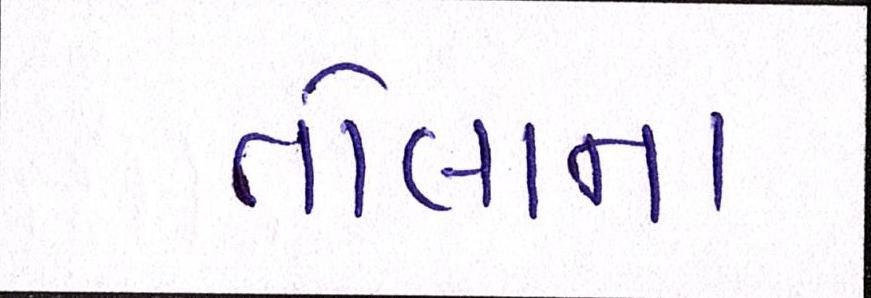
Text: તોલાના